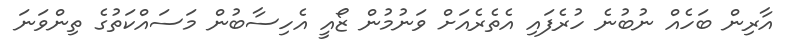
އާރިން ބަހެއް ނުބުނެ ހުރެފައި އެތެރެއަށް ވަނުމުން ޒޯއީ އެހިސާބުން މަސައްކަތުގެ ތިންވަނަ